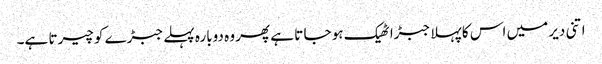
اتنی دیر میں اس کا پہلا جبڑا ٹھیک ہو جا تا ہے پھر وہ دوبارہ پہلے جبڑے کو چیرتا ہے۔